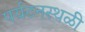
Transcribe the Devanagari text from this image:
पर्यटनस्थळी